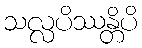
သလ္လပိဿန္တိပိ